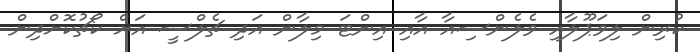
ކުރިން ލިވަޕޫލާއި ވެލެންސިއާ އާއި އިންޓަ މިލާން އަދި ޗެލްސީ އަށް ކޯޗުކޮށްދިން